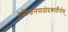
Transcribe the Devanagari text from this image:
हरिजनपादोदकर्तीर्थम्‌